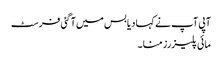
آپی آپ نے کہا دیا بس میں آگئی فرسٹ
مائی پلیزرز منا ۔